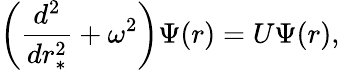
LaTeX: \left(\frac{d^{2}}{dr_{\ast}^{2}}+\omega^{2}\right)\Psi(r)=U\Psi(r),